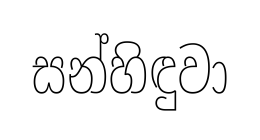
සන්හිඳුවා